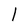
Character: l